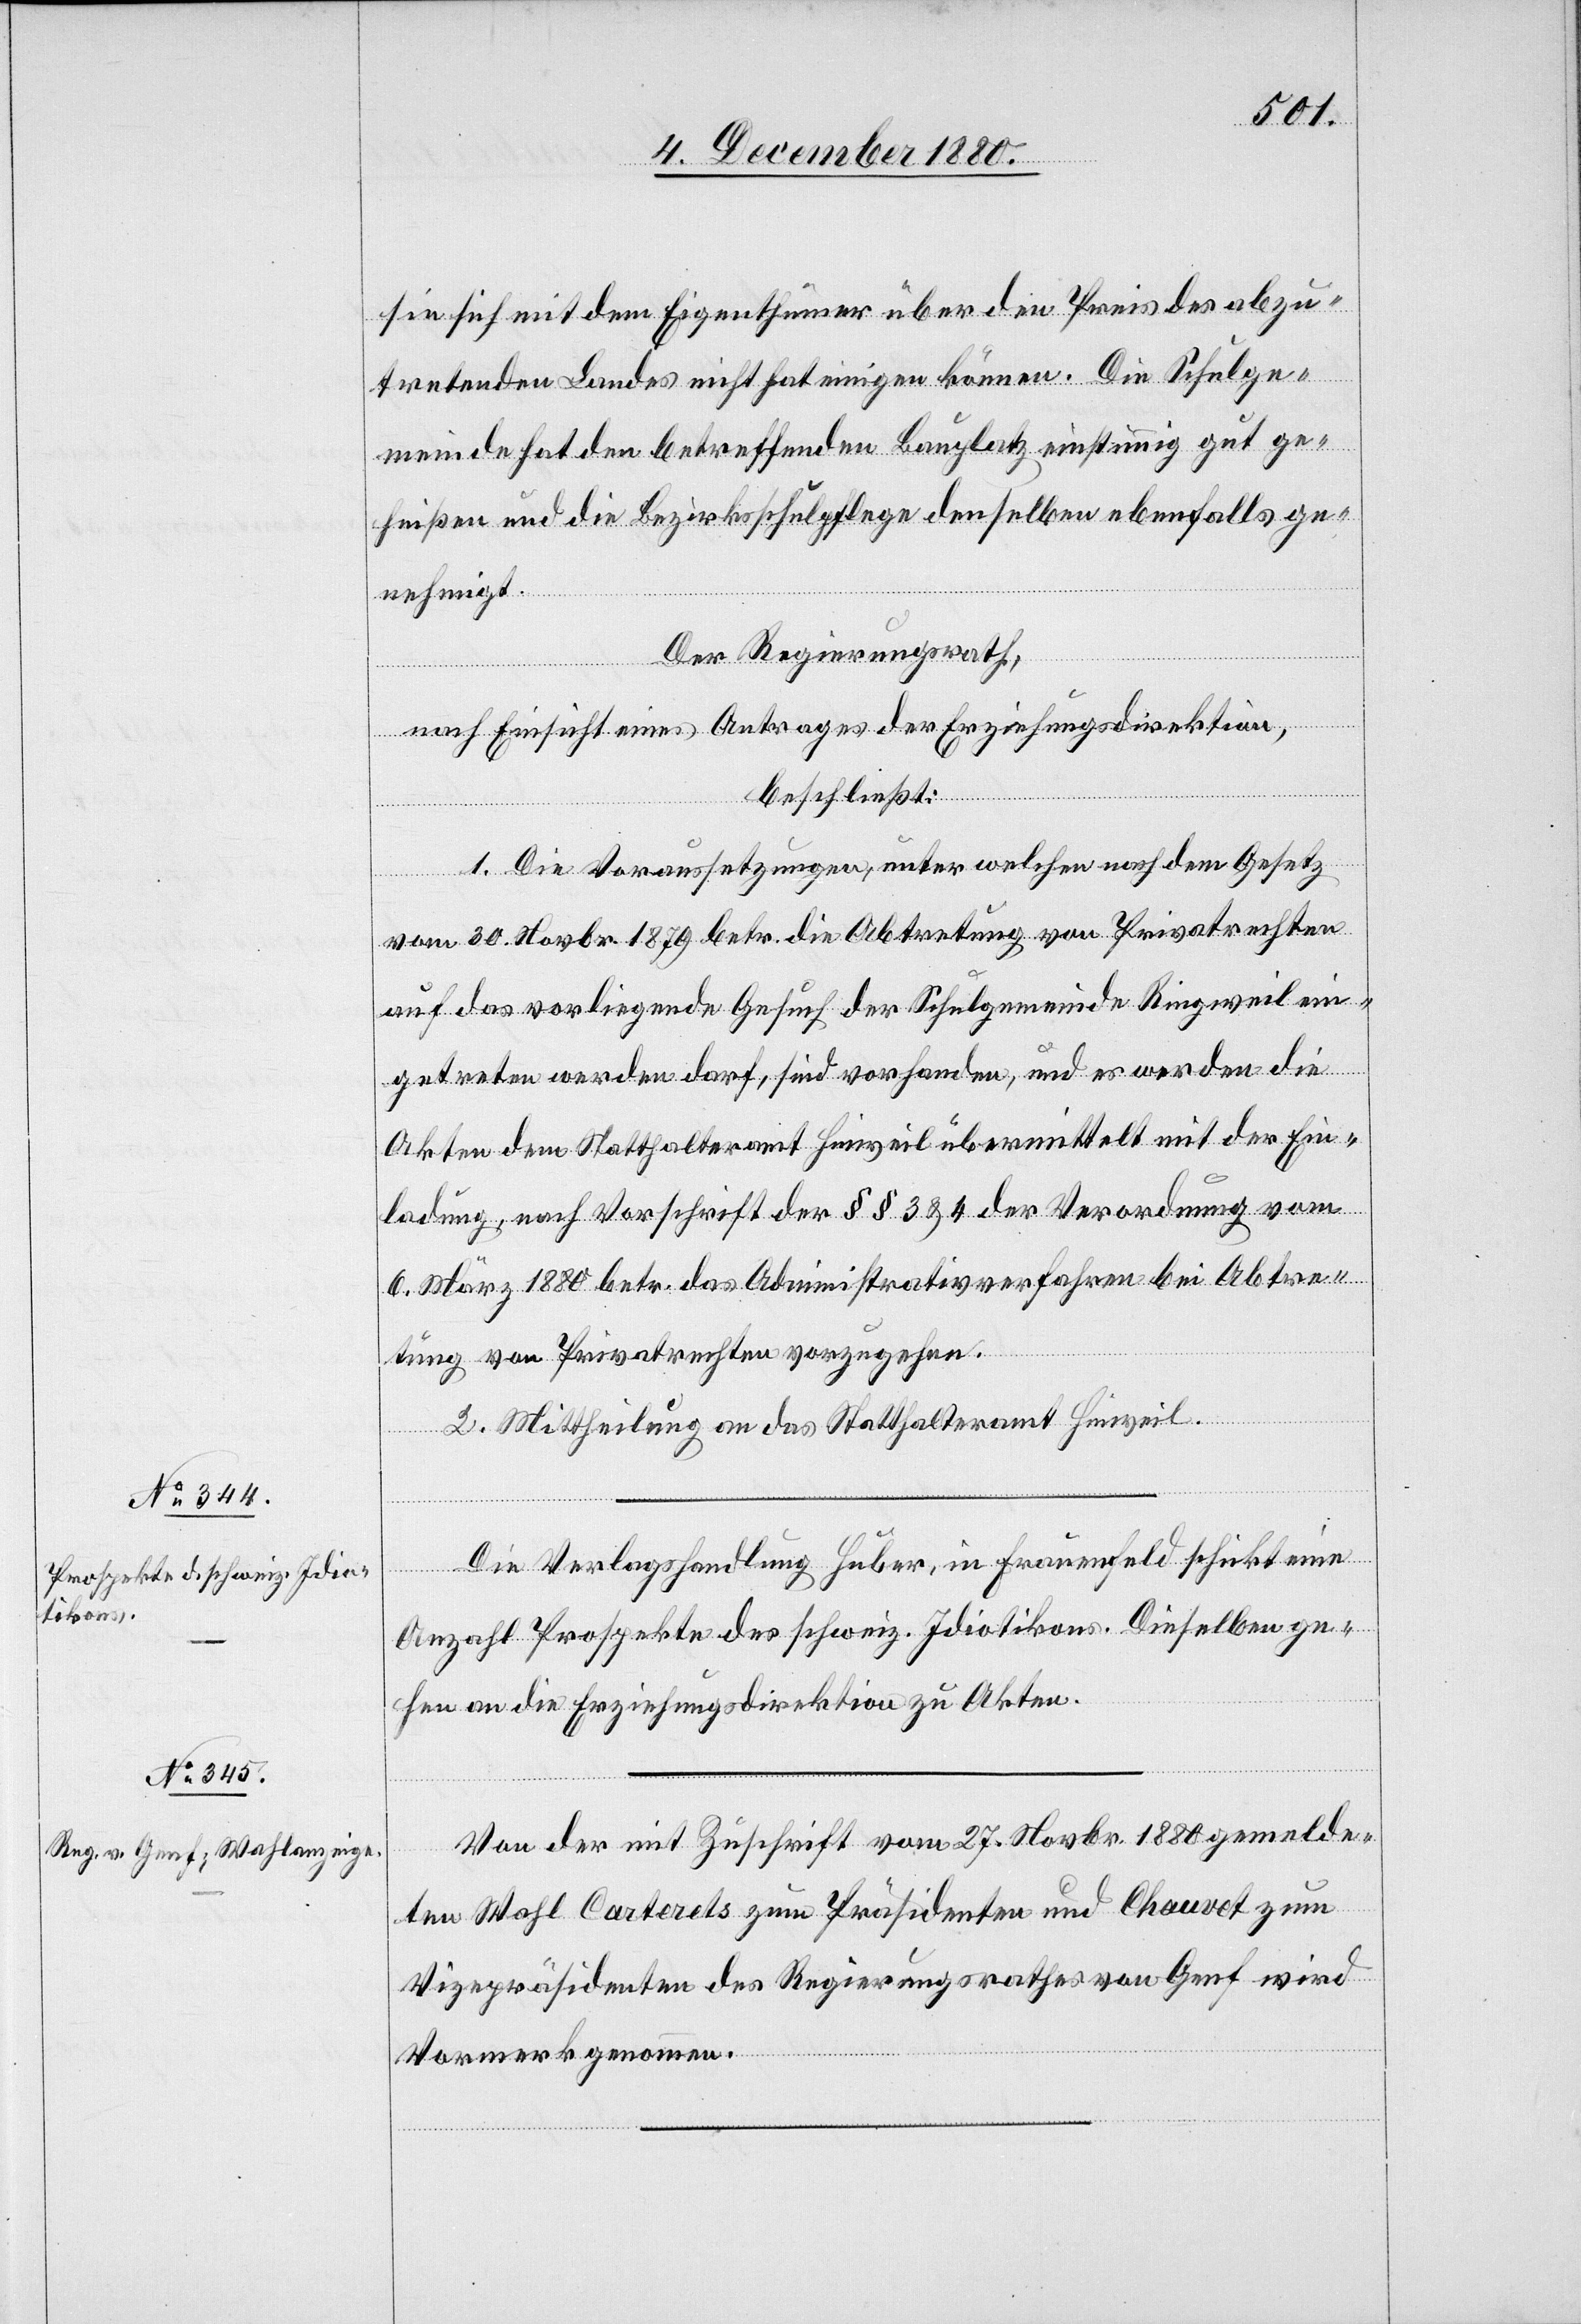
sie sich mit dem Eigenthümer über den Preis des abzu¬
tretenden Landes nicht hat einigen können. Die Schulge¬
meinde hat den betreffenden Bauplatz einstimmig gut ge¬
heißen und die Bezirksschulpflege denselben ebenfalls ge¬
nehmigt.
Der Regierungsrath,
nach Einsicht eines Antrages der Erziehungsdirektion,
beschließt:
1. Die Voraussetzungen, unter welchen nach dem Gesetz
vom 30. Novbr. 1879 betr. die Abtretung von Privatrechten
auf das vorliegende Gesuch der Schulgemeinde Ringweil ein¬
getreten werden darf, sind vorhanden, und es werden die
Akten dem Statthalteramt Hinweil übermittelt mit der Ein¬
ladung, nach Vorschrift der §§ 3 & 4 der Verordnung vom
6. März 1880 betr. das Administrativverfahren bei Abtre¬
tung von Privatrechten vorzugehen.
2. Mittheilung an das Statthalteramt Hinweil.
Die Verlagshandlung Huber, in Frauenfeld schickt eine
Anzahl Prospekte des schweiz. Idiotikons. Dieselben ge¬
hen an die Erziehungsdirektion zu Akten.
Von der Zuschrift vom 27. Novbr. 1880 gemelde¬
ten Wahl Carterets zum Präsidenten und Chauvet zum
Vizepräsidenten des Regierungsrathes von Genf wird
Vormerk genommen.